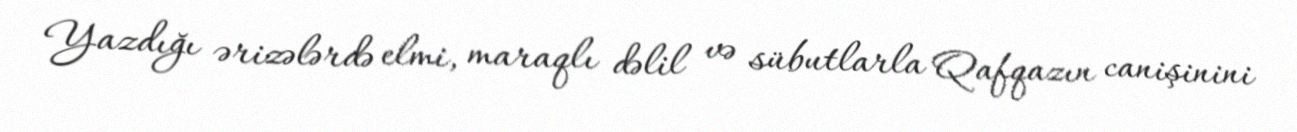
Yazdığı ərizələrdə elmi, maraqlı dəlil və sübutlarla Qafqazın canişinini